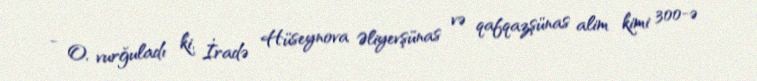
- O, vurğuladı ki, İradə Hüseynova Əliyevşünas və qafqazşünas alim kimi 300-ə